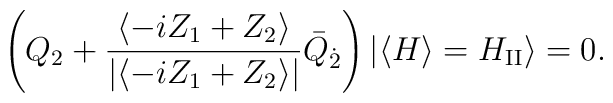
\left(Q_2 + \frac{\langle -i Z_1+Z_2 \rangle}{|\langle -i Z_1+Z_2 \rangle|}\bar{Q}_{\dot{2}}\right)| \langle H \rangle=H_{\rm II} \rangle =0.